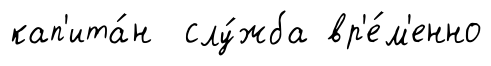
кап'ита́н слу́жба вр'е́м'енно